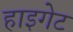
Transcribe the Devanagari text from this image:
हाइगेट